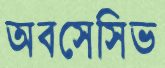
অবসেসিভ